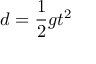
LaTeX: \ d = { \frac { 1 } { 2 } } g t ^ { 2 }